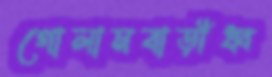
গোলামবাড়ীধ্ব